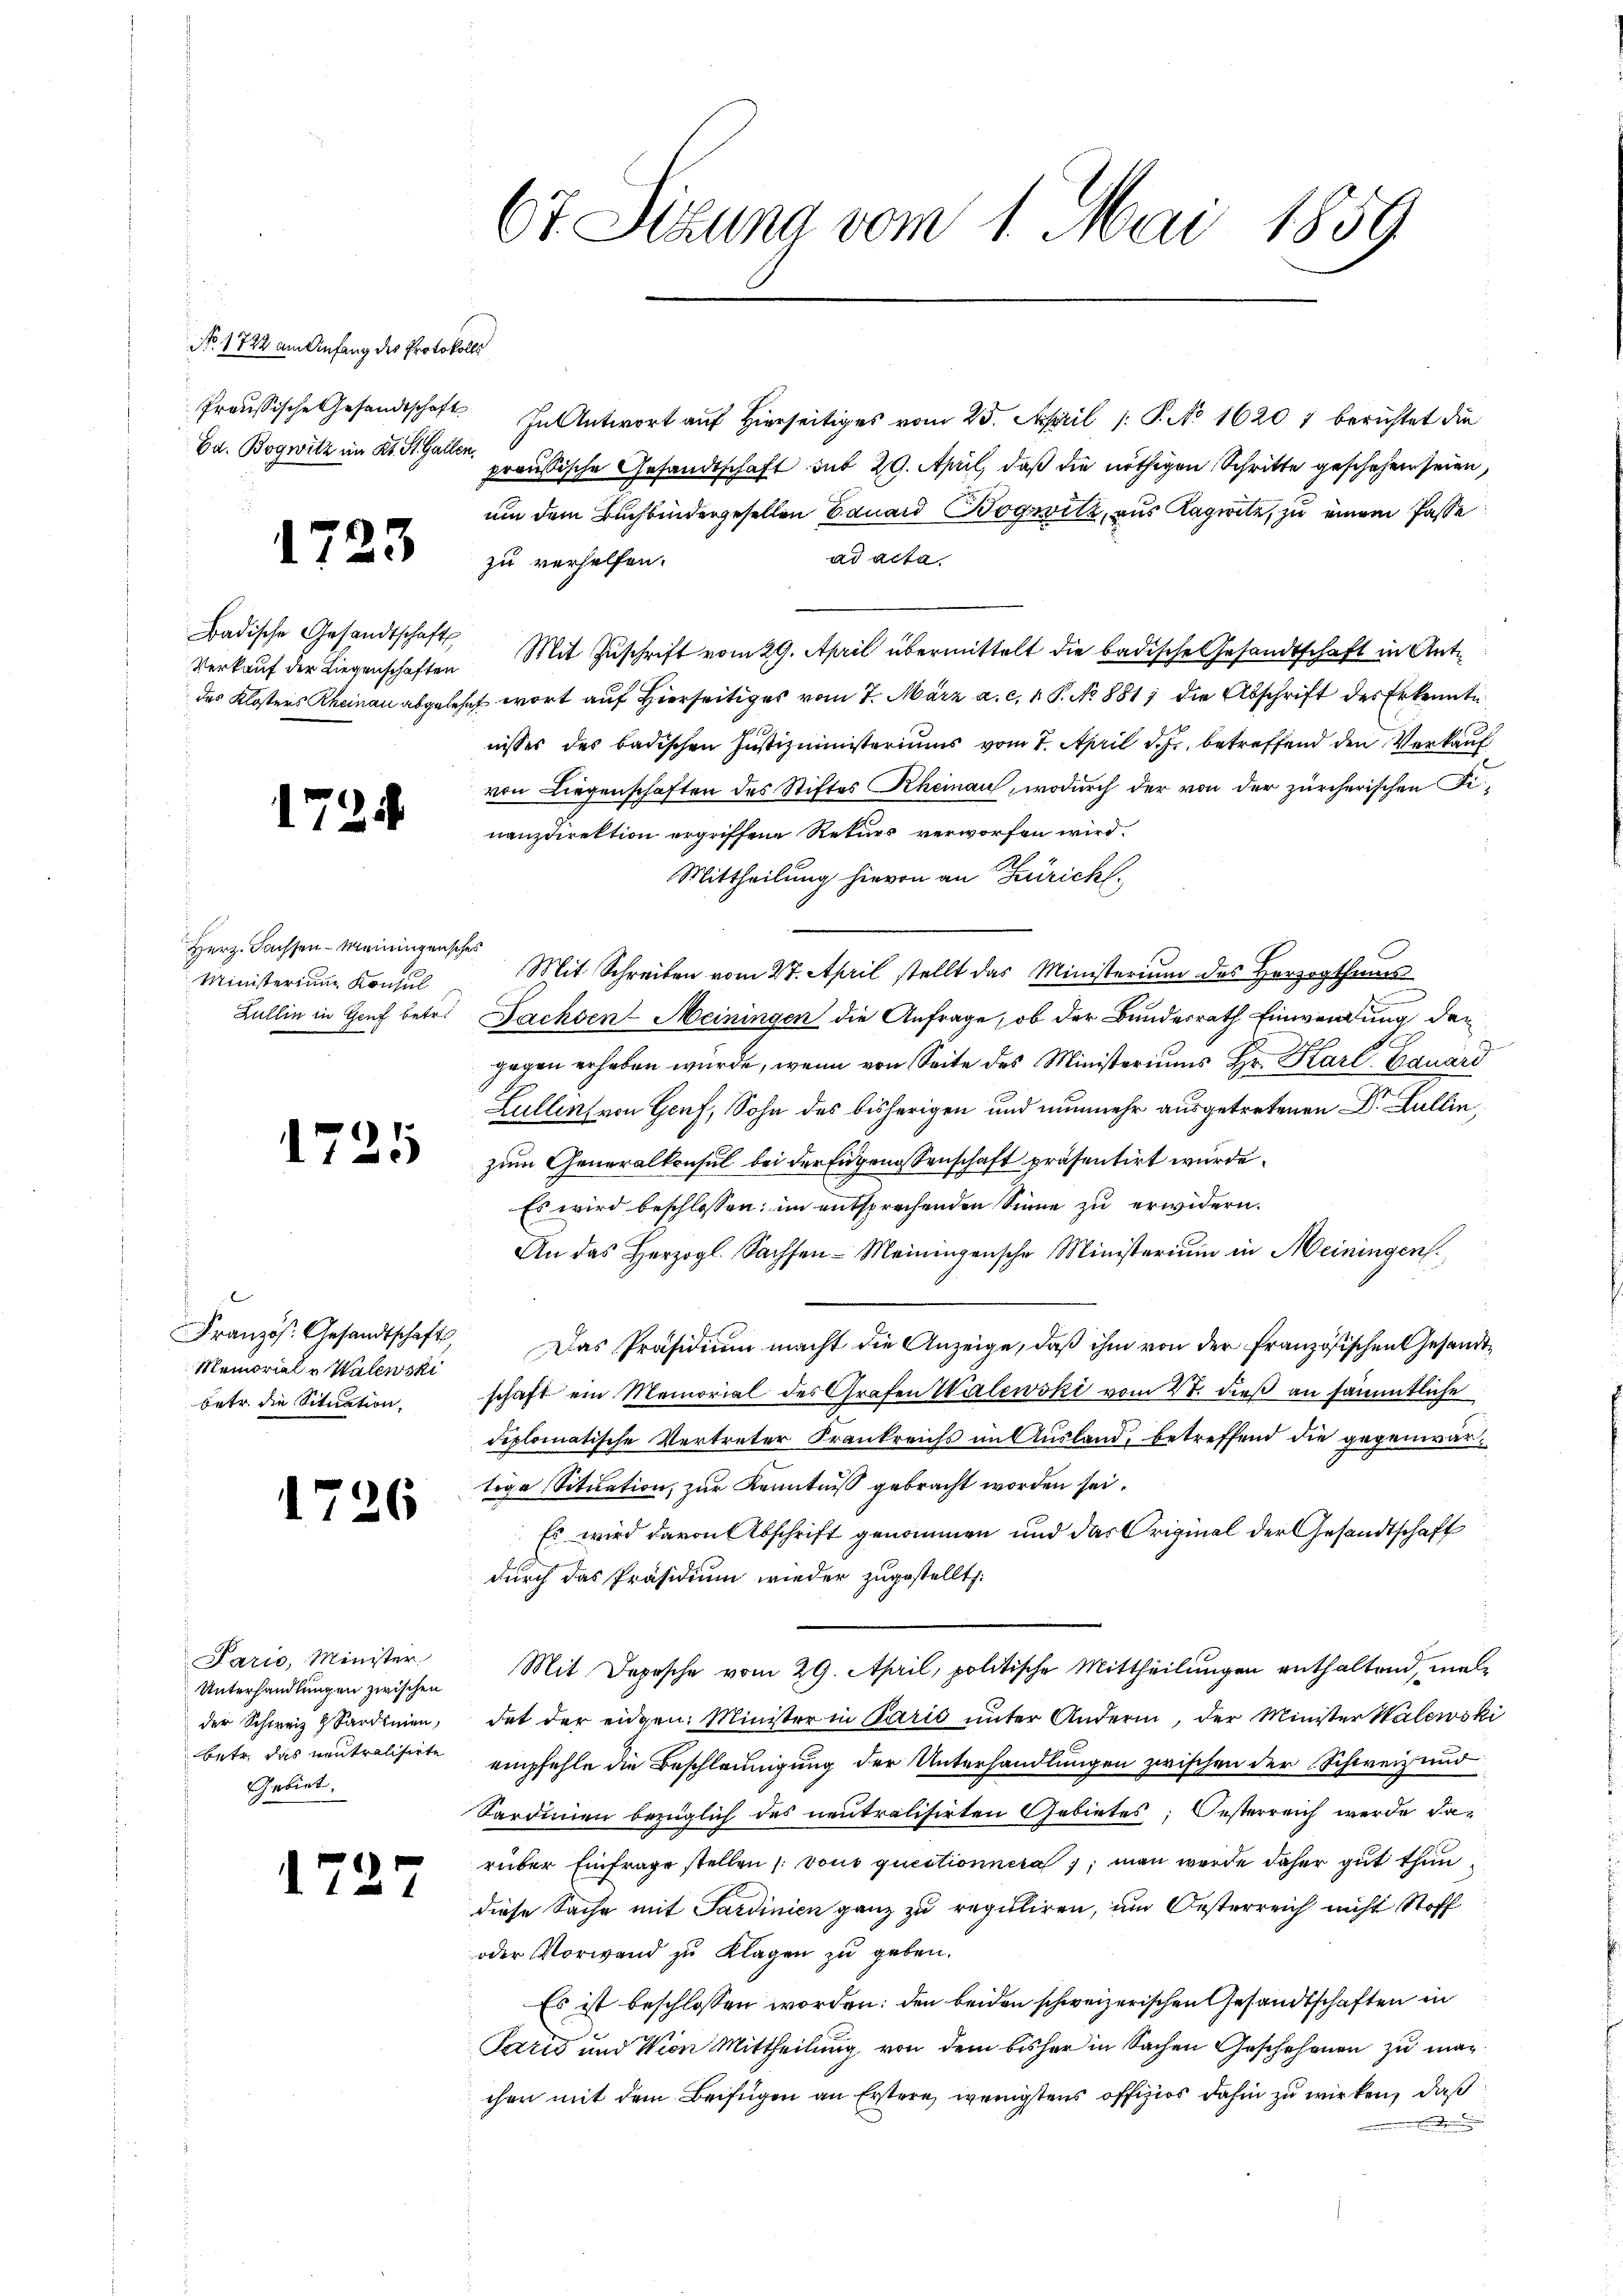
No. 1722 am Anfang des Protokolls
Ed. Bogwitz im Kt. St. Gallen,

1723

Badische Gesandtschaft
Verkauf der Liegenschaften
des Klosters Rheinau abgeleg

1724

Herz. Fachsen - Mainingensches
Ministerium Konsul
Zullin in Genf betr.

1725

Französ. Gesandtschaft,
Memorial u Walewski
betr. die Situation.

1726

Paris, Minister.
Unterhandlungen zwischen
der Schweiz & Sardinien,
betr. das neutralisirte
Gebiet.

1727

6t Sitzung vom 1. Mai 1859

Proussische Gesandtschaft In Antwort auf Hierseitiges vom 25. April 1. P. No 16207 berichtet die
preußische Gesandtschaft sub 29. April, daß die nöthigen Schritte geschehen seien,
um dem Buchbindergesellen Bauard Bogwilz, aus Kapite, zu einem Pässe
ad acta.
zu verhelfen.
Mit Zuschrift vom 29. April übermittelt die badische Gesandtschaft in Anthet wort auf Hierseitiges vom 7. März a. c. 1 P. No 881 die Abschrift des Erkennte
nisses des badischen Jŭstizministeriums vom 7. April d. Js. betreffend den Verkaŭf
von Liegenschaften des Stiftes Rheinau, wodurch der von der zürcherischen Finanzdirektion ergriffene Rekurs verworfen wird.
Mittheilung hievon an Zürich,
Mit Schreiben vom 27. April stellt das Ministerium des Herzogthums
Fachsen-Meiningen die Anfrage, ob der Bundesrath Einwendung der
gegen erheben würde, wenn von Seite des Ministeriums Hr. Karl Bauard
Lullen von Genf, Sohn des bisherigen und nunmehr ausgetretenen Dr. Lullin,
zum Generalkonsul bei der Engenossenschaft präsentirt wurde.
Es wird beschlossen: im entsprechenden Sinne zu erwidern.
An das Herzogl. Sachsen-Meiningensche Ministerium in Meiningen.
Das Präsidium macht die Anzeige, daß ihm von der Französischen Gesandtschaft ein Momorial des Grafen Walewski vom 27. dieß an sämmtliche
diplomatische Vertreter Frankreichs im Ausland, betreffend die gegenwärtige Situation, zur Kenntniß gebracht worden sei.
Es wird davon Abschrift genommen und das Original der Gesandtschaft
durch das Präsidium wieder zugestellt:
Mit Depesche vom 29. April, politische Mittheilungen enthaltend, mal
dat der eidgen. Minister in Parić unter Anderin, der Minister Kalewski
empfehle die Beschleunigung der Unterhandlungen zwischen der Schweiz und
Sardinien bezüglich das neutralisirten Gebietes; Oesterreich werde darüber Einfrage stellen (vons questionnern; man werde daher gut thundiese Sache mit Sardinien ganz zu reguliren, um Oesterreich nicht Stoff
oder Vorwand zu Klagen zu geben.
Es ist beschlossen worden; den beiden schweizerischen Gesandtschaften in
Paris und Wien Mittheilung von dem bisher in Sachen Geschehenen zu machen mit dem Beifügen an Erstere, wenigstens offizios dahin zu wirken, daß
.